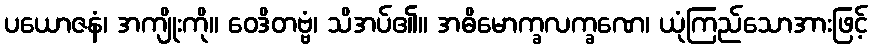
ပယောဇနံ၊ အကျိုးကို။ ဝေဒိတဗ္ဗံ၊ သိအပ်၏။ အဓိမောက္ခလက္ခဏေ၊ ယုံကြည်သောအားဖြင့်